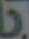
.